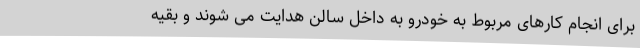
برای انجام کارهای مربوط به خودرو به داخل سالن هدایت می شوند و بقیه